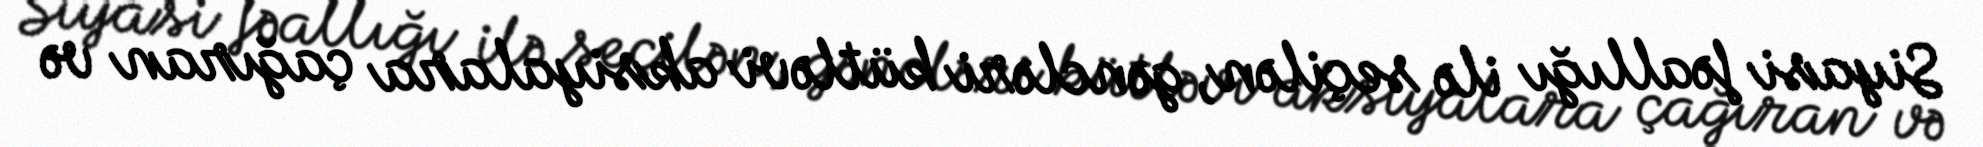
Siyasi fəallığı ilə seçilən, gəncləri kütləvi aksiyalara çağıran və